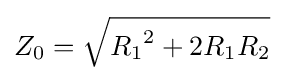
Z_{0}={\sqrt {{R_{1}}^{2}+2R_{1}R_{2}}}